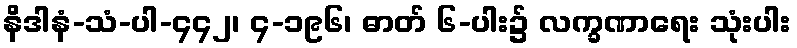
နိဒါနံ-သံ-ပါ-၄၄၂၊ ၄-၁၉၆၊ ဓာတ် ၆-ပါး၌ လက္ခဏာရေး သုံးပါး